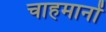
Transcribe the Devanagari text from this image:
चाहमानों